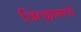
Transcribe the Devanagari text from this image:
जिल्‍ह्यामध्ये